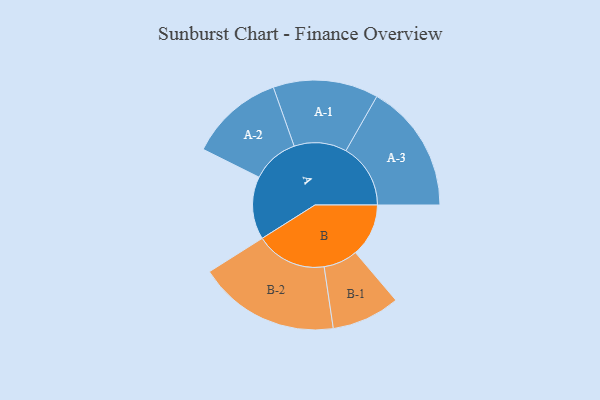
{"axis": {"x": "Segment", "y": "Value"}, "legend": ["", "A", "B"], "data": [{"x": "A", "y": 252, "type": ""}, {"x": "B", "y": 213, "type": ""}, {"x": "A-1", "y": 211, "type": "A"}, {"x": "A-2", "y": 189, "type": "A"}, {"x": "A-3", "y": 259, "type": "A"}, {"x": "B-1", "y": 137, "type": "B"}, {"x": "B-2", "y": 284, "type": "B"}]}